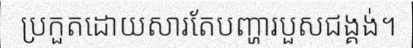
ប្រកួតដោយសារតែបញ្ហារបួសជង្គង់។